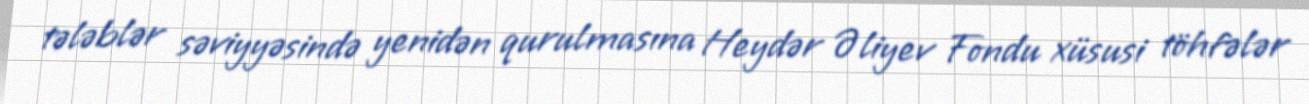
tələblər səviyyəsində yenidən qurulmasına Heydər Əliyev Fondu xüsusi töhfələr